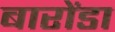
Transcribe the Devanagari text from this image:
बारोंडा